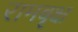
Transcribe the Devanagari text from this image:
रामबृक्ष